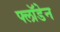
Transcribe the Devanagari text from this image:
फ्लॉडेन